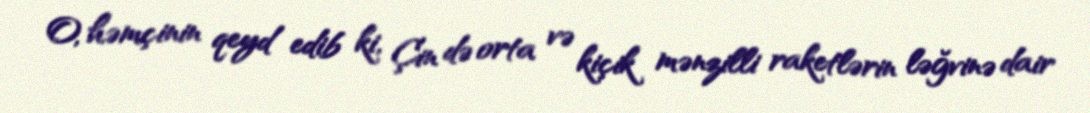
O, həmçinin qeyd edib ki, Çin də orta və kiçik mənzilli raketlərin ləğvinə dair